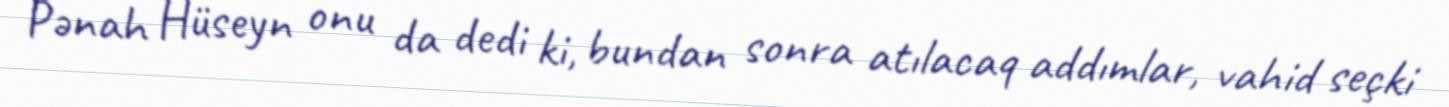
Pənah Hüseyn onu da dedi ki, bundan sonra atılacaq addımlar, vahid seçki